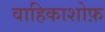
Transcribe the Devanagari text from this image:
वाहिकाशोफ़